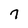
Character: 7